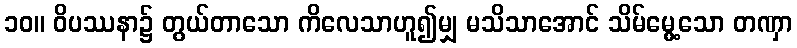
၁၀။ ဝိပဿနာ၌ တွယ်တာသော ကိလေသာဟူ၍မျှ မသိသာအောင် သိမ်မွေ့သော တဏှာ